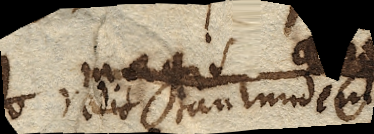
redit tantundem